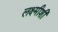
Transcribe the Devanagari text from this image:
लक्ष्मीशी